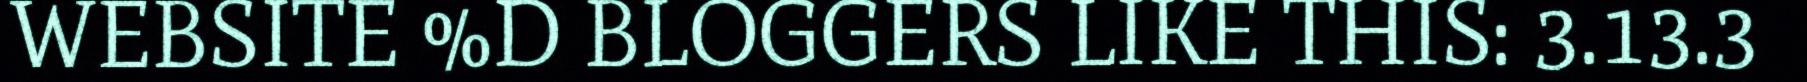
WEBSITE %D BLOGGERS LIKE THIS: 3.13.3